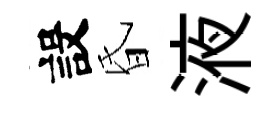
設昏液